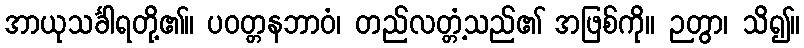
အာယုသင်္ခါရတို့၏။ ပဝတ္တနဘာဝံ၊ တည်လတ္တံ့သည်၏ အဖြစ်ကို။ ဉတွာ၊ သိ၍။